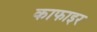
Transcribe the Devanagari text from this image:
काफाइर